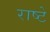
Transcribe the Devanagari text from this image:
राष्टे